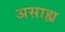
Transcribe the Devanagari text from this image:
असाह्य